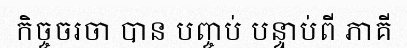
កិច្ចចរចា បាន បញ្ចប់ បន្ទាប់ពី ភាគី